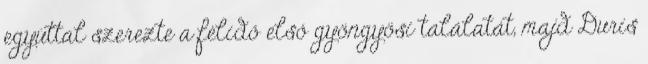
egyúttal szerezte a félidő első gyöngyösi találatát, majd Duris